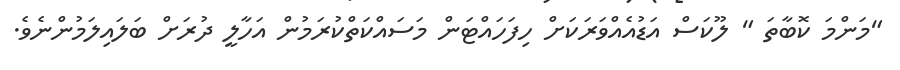
"މަންމަ ކޮބާތަ " ލޫކަސް އަޑުއެއްވަރަކަށް ހިފަހައްޓަން މަސައްކަތްކުރަމުން އަހާލީ ދުރަށް ބަލައިލަމުންނެވެ.